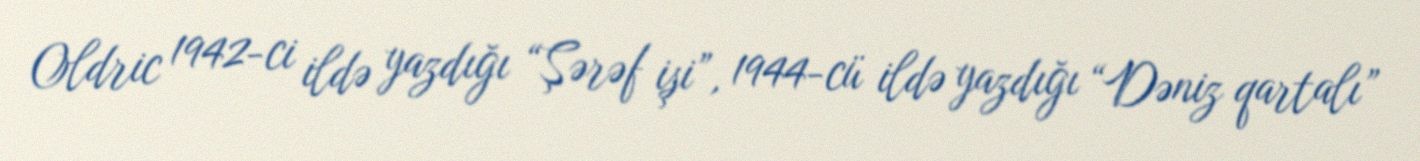
Oldric 1942-ci ildə yazdığı “Şərəf işi”, 1944-cü ildə yazdığı “Dəniz qartalı”